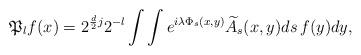
LaTeX: \begin{align*}\mathfrak P_l f(x) = 2^{\frac d2j}2^{-l}\int\int e^{i\lambda\Phi_s(x,y)} \widetilde A_s (x,y) ds\, f(y)dy,\end{align*}